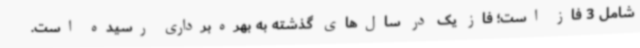
شامل 3 فاز است؛ فاز یک در سال‌های گذشته به بهره‌برداری رسیده است.